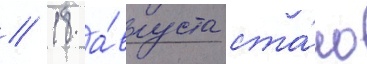
// 18 а́вгуста ста́ло